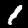
Digit: 1